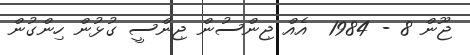
ޖޫން 8 - 1984  އެއް ޖިންސުން ޖިންސީ ގުޅުން ހިންގުން